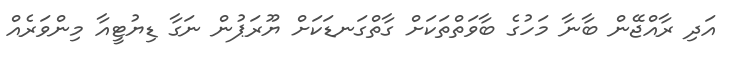
އަދި ރާއްޖޭން ބާނާ މަހުގެ ބާވަތްތަކަށް ގާތްގަނޑަކަށް ޔޫރަޕުން ނަގާ ޑިޔުޓީއާ މިންވަރެއް